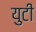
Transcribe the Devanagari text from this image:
युटी